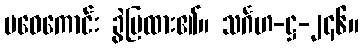
မဝေကောင်း ခွဲပြထား၏။ သင်္ဂဟ-ဋ္ဌ-၂၄၆။